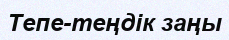
Тепе-теңдік заңы